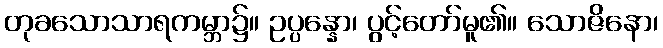
တုခသောသာရကမ္ဘာ၌။ ဥပ္ပန္နော၊ ပွင့်တော်မူ၏။ သောဇိနော၊